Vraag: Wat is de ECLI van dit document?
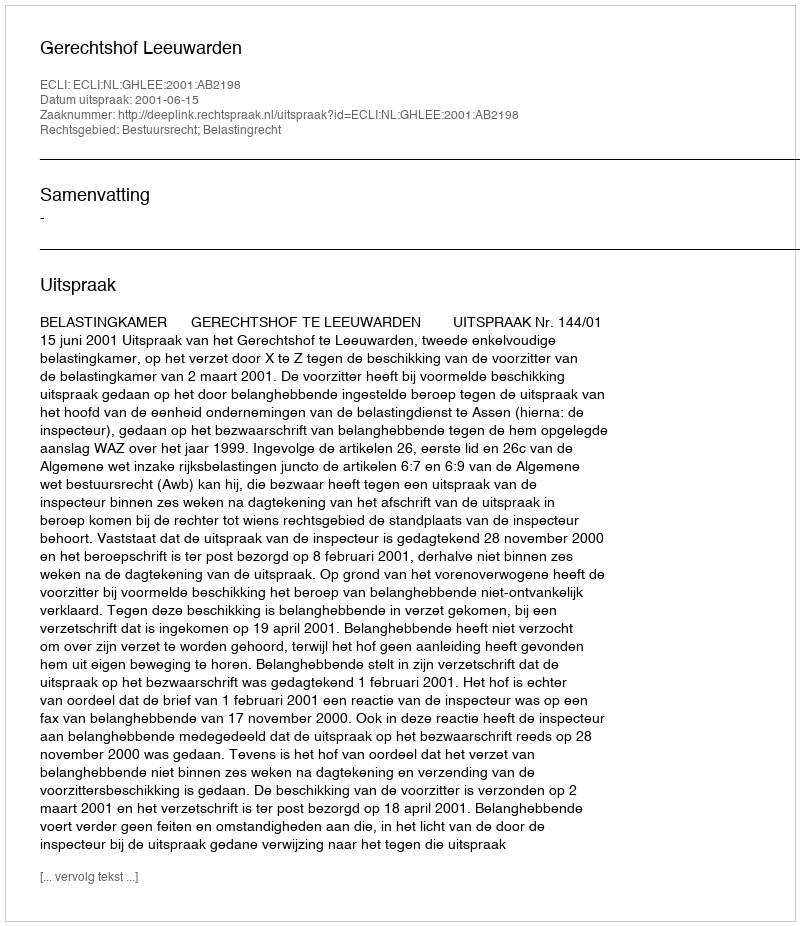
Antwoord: ECLI:NL:GHLEE:2001:AB2198